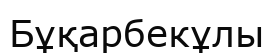
Бұқарбекұлы